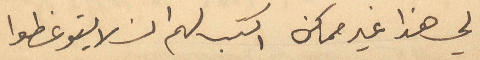
لي هذا غير ممكن اكتب لهم ان لا يتوغطوا